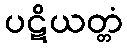
ပဋိယတ္တံ